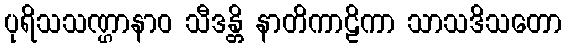
ပုရိသသဏ္ဌာနာဝ သီဒန္တိ နာတိကာဠိကာ သာသဒိသတော